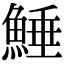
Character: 𩸫